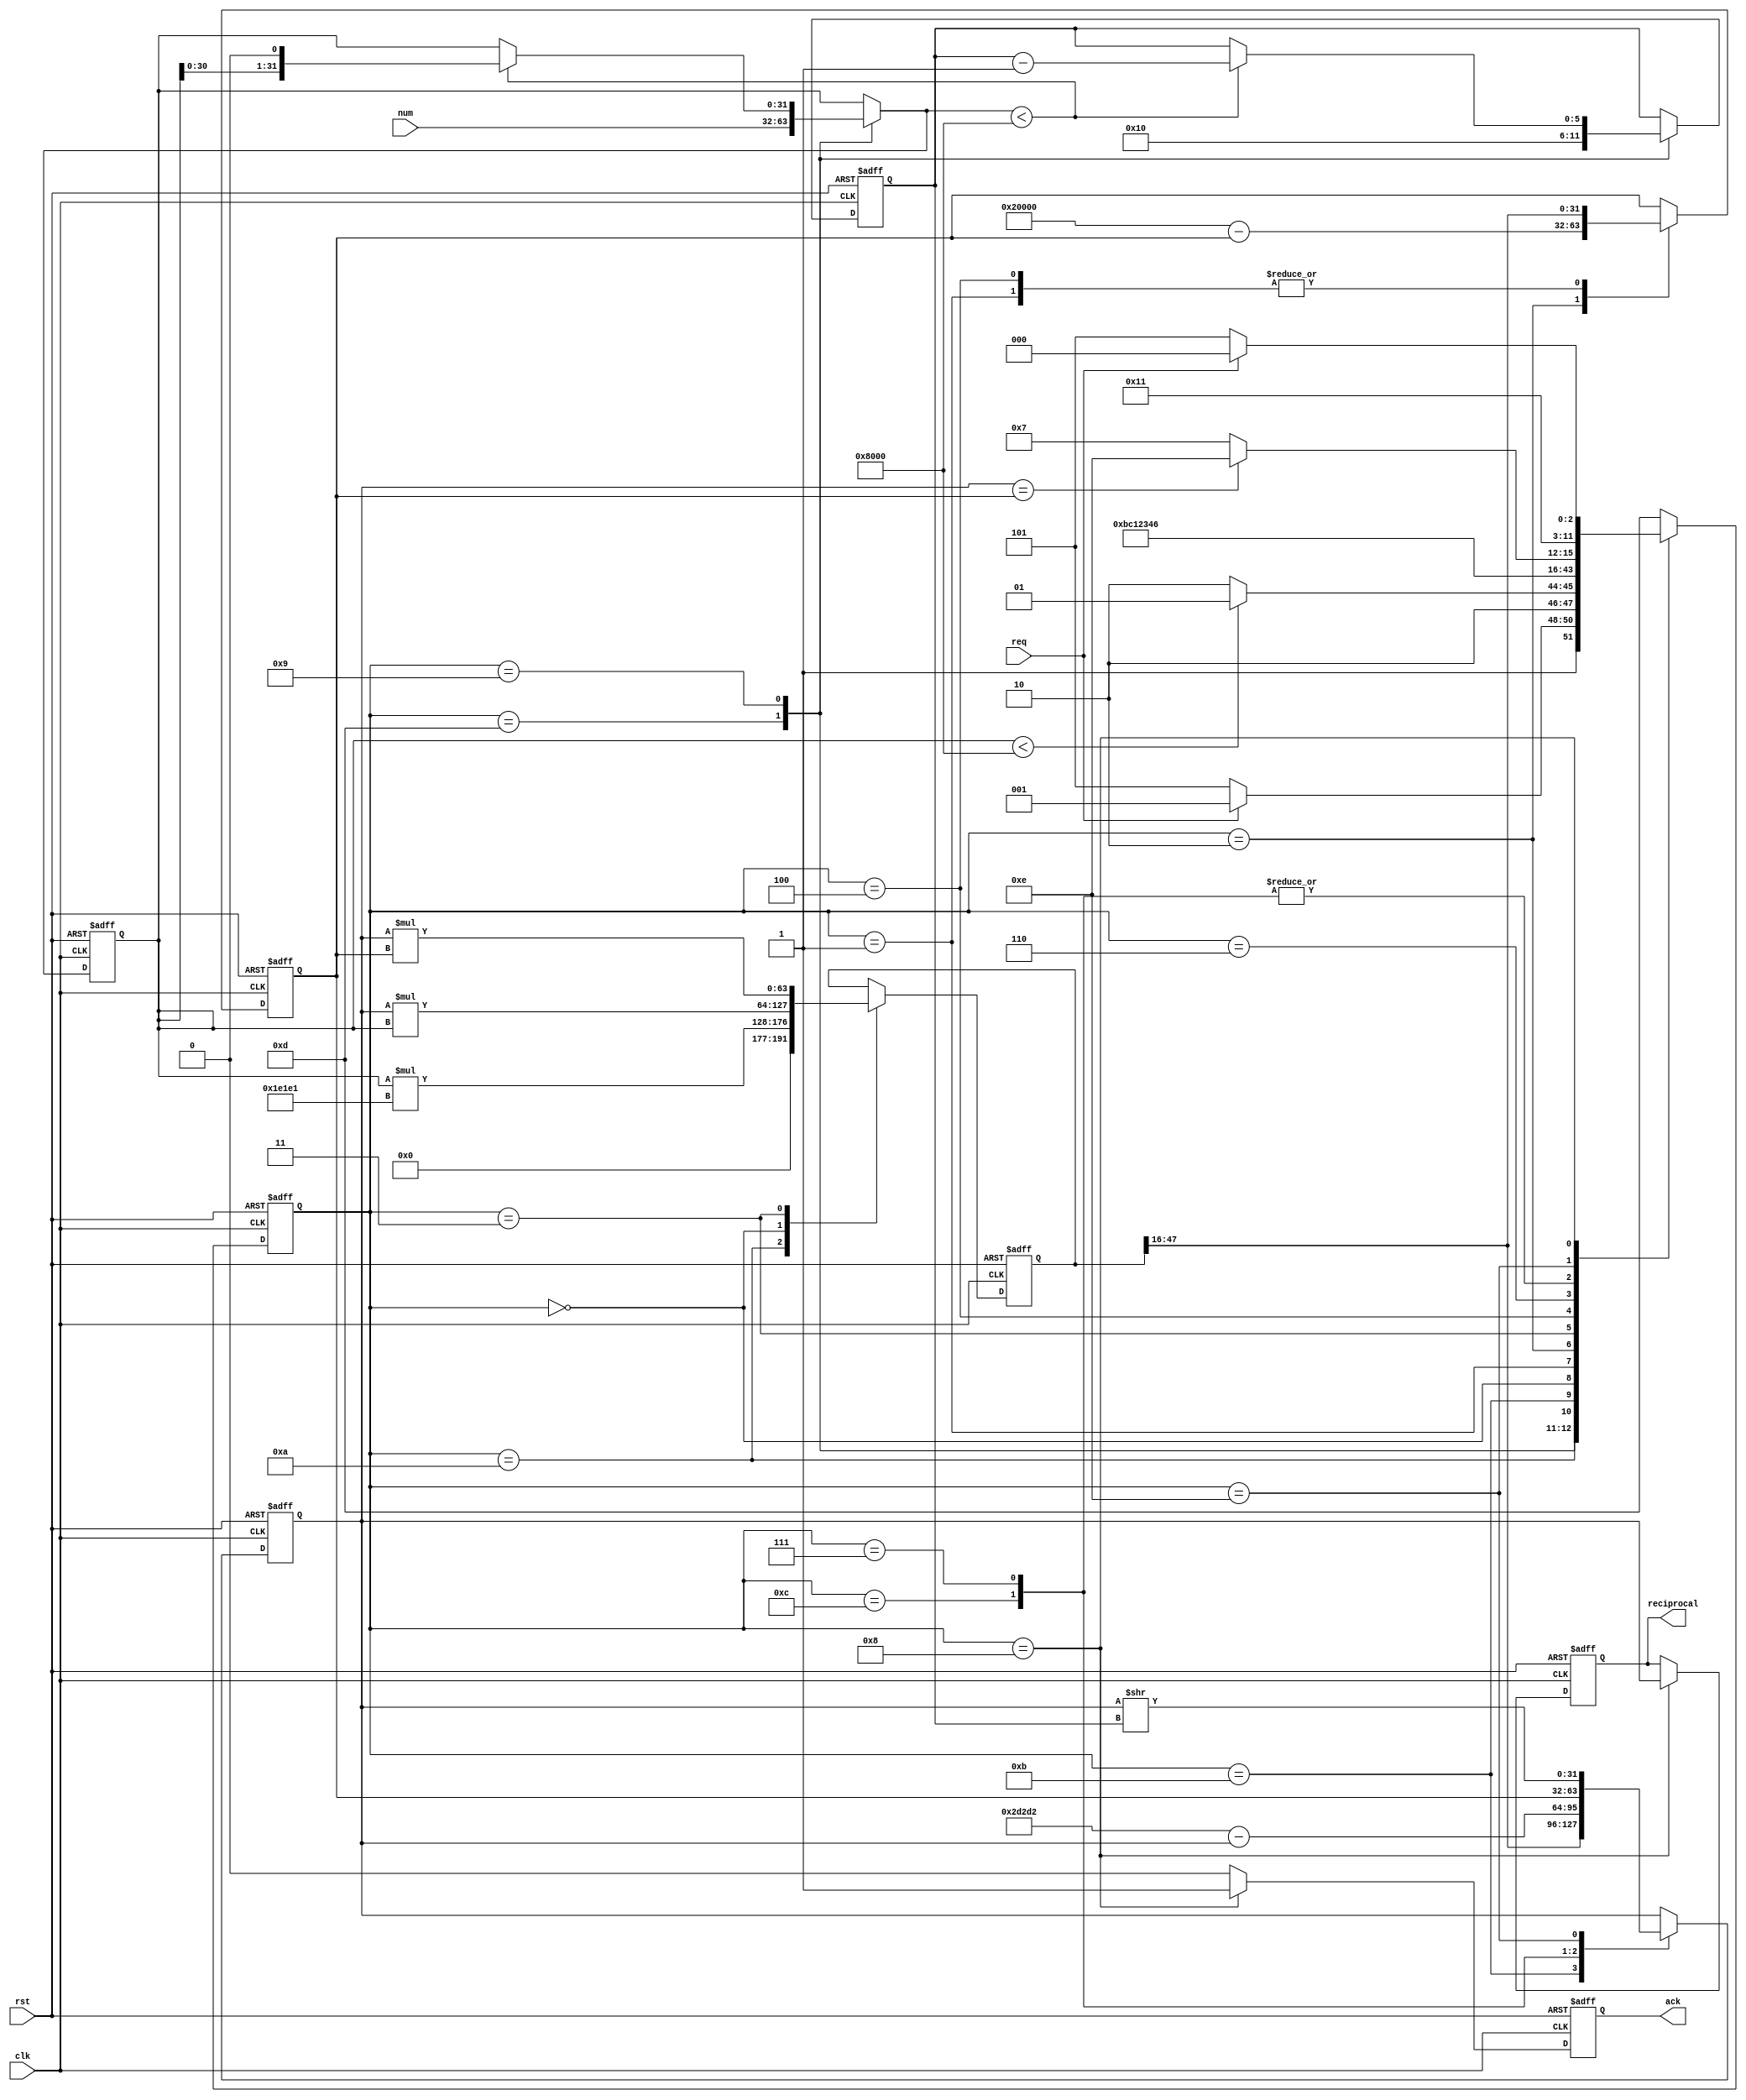
module NR_reciprocal(
  input wire clk,
  input wire rst,
  input wire req,
  input wire [31:0]num,
  output reg [31:0]reciprocal,
  output reg ack
 );

// Constants

localparam 
 A                   = 32'h01E1E1, // Fixed point [5:19] representation of 1.88235
 B                   = 32'h02D2D2, // Fixed point [5:19] representation of 2,82353
 HALF                = 2<<<14, // Fixed point [4:19] representation of 0.5
 TWO                 = 2<<<16, // Fixed point [4:19] representation of 2
 FXP_SHIFT           = 16,
 MUL_SCALED          = 4'b0000,
 SHIFT_SCALED        = 4'b0001,
 SUB_2               = 4'b0010,
 MUL_NEW             = 4'b0011,
 SCALING_2           = 4'b0100,
 COMPARE             = 4'b0110,
 NEXT_ITERATION      = 4'b0111,
 FINISH              = 4'b1000,
 PRE_SCALING         = 4'b1001,
 LINEAR_APPROX_MUL   = 4'b1010,
 LINEAR_APPROX_SHIFT = 4'b1011,
 LINEAR_APPROX_SUB   = 4'b1100, 
 START               = 4'b1101,
 FINAL_SCALING       = 4'b1110; 
 
// Variables
reg [5:0] scaling; // Keeps scaling factor
reg [63:0] mulResult; // Temporary result of multiplication [5:19] * [5;19]
reg [31:0] scaledVal;
reg [31:0] approxVal;
reg [31:0] newVal;
reg [3:0] st_reg;



reg [5:0]  scaling_nxt; // Keeps scaling factor
reg [63:0] mulResult_nxt; // Temporary result of multiplication [5:19] * [5;19]
reg [31:0] scaledVal_nxt;
reg [31:0] approxVal_nxt;
reg [31:0] newVal_nxt;
reg [3:0]  st_reg_nxt;
reg ack_nxt;
reg [31:0]reciprocal_nxt;

 

always@(posedge clk or posedge rst) begin
    
    if( rst == 1'b1 )
    begin
        scaling    <=  0;
        mulResult  <=  0; 
        scaledVal  <=  0; 
        approxVal  <=  0;
        newVal     <=  0;
        st_reg     <=  START;
        ack        <=  0;
        reciprocal <= 0;
    
    end
    else
    begin
        scaling    <=  scaling_nxt;
        mulResult  <=  mulResult_nxt; 
        scaledVal  <=  scaledVal_nxt; 
        approxVal  <=  approxVal_nxt;
        newVal     <=  newVal_nxt;
        st_reg     <=  st_reg_nxt;
        ack        <=  ack_nxt;
        reciprocal <= reciprocal_nxt;
    end

end

    // fsm 
always@* begin

   case( st_reg )
        
        START:
        begin
            if( req == 1'b1 ) st_reg_nxt = PRE_SCALING;
            else st_reg_nxt = START;
        end
        
        PRE_SCALING:                  if( scaledVal < HALF ) st_reg_nxt = PRE_SCALING;
                                      else                       st_reg_nxt = LINEAR_APPROX_MUL;
        LINEAR_APPROX_MUL:            st_reg_nxt = LINEAR_APPROX_SHIFT; 
        LINEAR_APPROX_SHIFT:          st_reg_nxt = LINEAR_APPROX_SUB;
        LINEAR_APPROX_SUB:            st_reg_nxt = MUL_SCALED;   
        MUL_SCALED:                   st_reg_nxt = SHIFT_SCALED;
        SHIFT_SCALED:                 st_reg_nxt = SUB_2; 
        SUB_2:                        st_reg_nxt = MUL_NEW;
        MUL_NEW:                      st_reg_nxt = SCALING_2;      
        SCALING_2:                    st_reg_nxt = COMPARE;
        COMPARE:                      if( approxVal == newVal ) st_reg_nxt = FINAL_SCALING;
                                      else                      st_reg_nxt = NEXT_ITERATION;
        NEXT_ITERATION:               st_reg_nxt = MUL_SCALED;      
        FINAL_SCALING:                st_reg_nxt = FINISH;     
        FINISH:                       if(req == 0) st_reg_nxt = START;
                                      else         st_reg_nxt = FINISH;        
       default:                       st_reg_nxt = START;       
     endcase
     
end

// scaling

always@* begin

   case( st_reg )
        
        START:
        begin
            scaledVal_nxt = num;
            scaling_nxt = FXP_SHIFT;
        end
        
        PRE_SCALING:
        begin
            if( scaledVal_nxt < HALF )begin
                scaledVal_nxt = scaledVal << 1; // Multiply by two i.e. LSR
                scaling_nxt = scaling - 1;
            end
            else 
            begin
                scaledVal_nxt = scaledVal; // Multiply by two i.e. LSR
                scaling_nxt = scaling;
            end
        end
       
       default:
       begin
                scaledVal_nxt = scaledVal; // Multiply by two i.e. LSR
                scaling_nxt = scaling;
       end 
       
     endcase
     
end
     


    // approx val
always@* begin

   case( st_reg )
        
        LINEAR_APPROX_SHIFT:   approxVal_nxt = mulResult >> FXP_SHIFT;
        LINEAR_APPROX_SUB:     approxVal_nxt = B - approxVal;
        NEXT_ITERATION:        approxVal_nxt = newVal; // ASSIGN_NEW        
        FINAL_SCALING:         approxVal_nxt = approxVal>> scaling;
        default:               approxVal_nxt = approxVal;      
     endcase
     
end

// mul result

always@* begin
   case( st_reg )      
        LINEAR_APPROX_MUL:     mulResult_nxt = scaledVal * A;  
        MUL_SCALED:            mulResult_nxt = approxVal * scaledVal; 
        MUL_NEW:               mulResult_nxt = approxVal * newVal;   
       default:                mulResult_nxt = mulResult;  
     endcase   
end

// new val

always@* begin
   case( st_reg )      
        SHIFT_SCALED:   newVal_nxt = mulResult >> FXP_SHIFT;
        SUB_2:          newVal_nxt = TWO - newVal;
        SCALING_2:      newVal_nxt = mulResult >> FXP_SHIFT;  
        default:        newVal_nxt = newVal;
     endcase   
end

always@* begin

   case( st_reg )

        FINISH:
        begin
            reciprocal_nxt = approxVal;
            ack_nxt = 1'b1;                   
        end
       default:
        begin
            ack_nxt = 0;
            reciprocal_nxt = reciprocal;       
        end
       
     endcase
     
end
endmodule